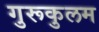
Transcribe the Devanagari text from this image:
गुरूकुलम